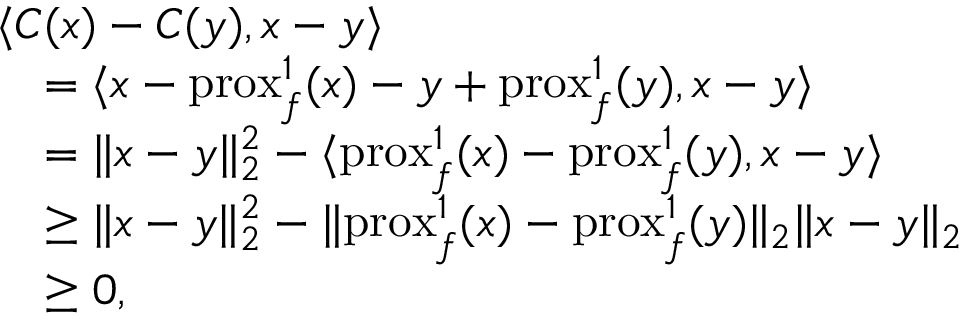
\begin{array} { r l } & { \langle { C ( x ) - C ( y ) } , { x - y } \rangle } \\ & { \quad = \langle { x - \mathrm { p r o x } _ { f } ^ { 1 } ( x ) - y + \mathrm { p r o x } _ { f } ^ { 1 } ( y ) } , { x - y } \rangle } \\ & { \quad = \| x - y \| _ { 2 } ^ { 2 } - \langle { \mathrm { p r o x } _ { f } ^ { 1 } ( x ) - \mathrm { p r o x } _ { f } ^ { 1 } ( y ) } , { x - y } \rangle } \\ & { \quad \geq \| x - y \| _ { 2 } ^ { 2 } - \| \mathrm { p r o x } _ { f } ^ { 1 } ( x ) - \mathrm { p r o x } _ { f } ^ { 1 } ( y ) \| _ { 2 } \| x - y \| _ { 2 } } \\ & { \quad \geq 0 , } \end{array}